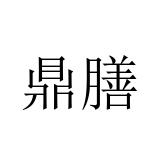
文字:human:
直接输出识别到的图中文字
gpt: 鼎膳